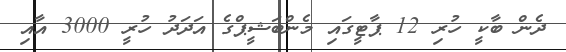
ދެން ބާކީ ހުރި 12 ޕާޓީގައި މެންބަޝީޕްގެ އަދަދު ހުރީ 3000 އާއި